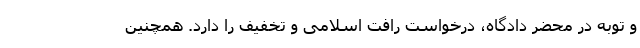
و توبه در محضر دادگاه، درخواست رافت اسلامی و تخفیف را دارد. همچنین